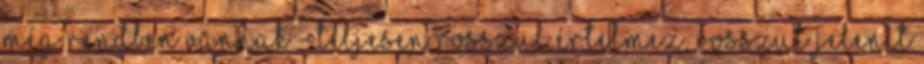
még rendben vannak - teljesen rosszul értelmez, rosszul jelenít